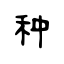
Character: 种